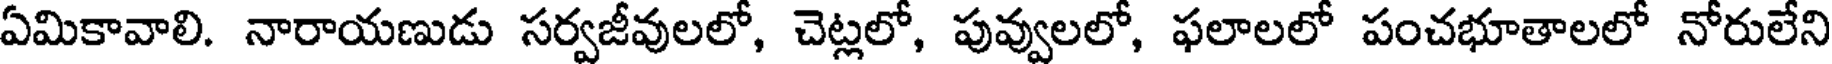
ఏమికావాలి. నారాయణుడు సర్వజీవులలో, చెట్లలో, పువ్వులలో, ఫలాలలో పంచభూతాలలో నోరులేని